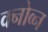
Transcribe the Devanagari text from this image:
क्नोव्न